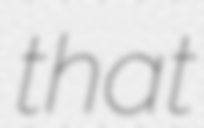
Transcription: that